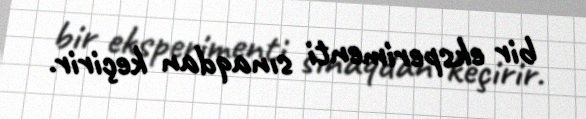
bir eksperimenti sınaqdan keçirir.